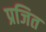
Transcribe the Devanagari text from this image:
प्रजित